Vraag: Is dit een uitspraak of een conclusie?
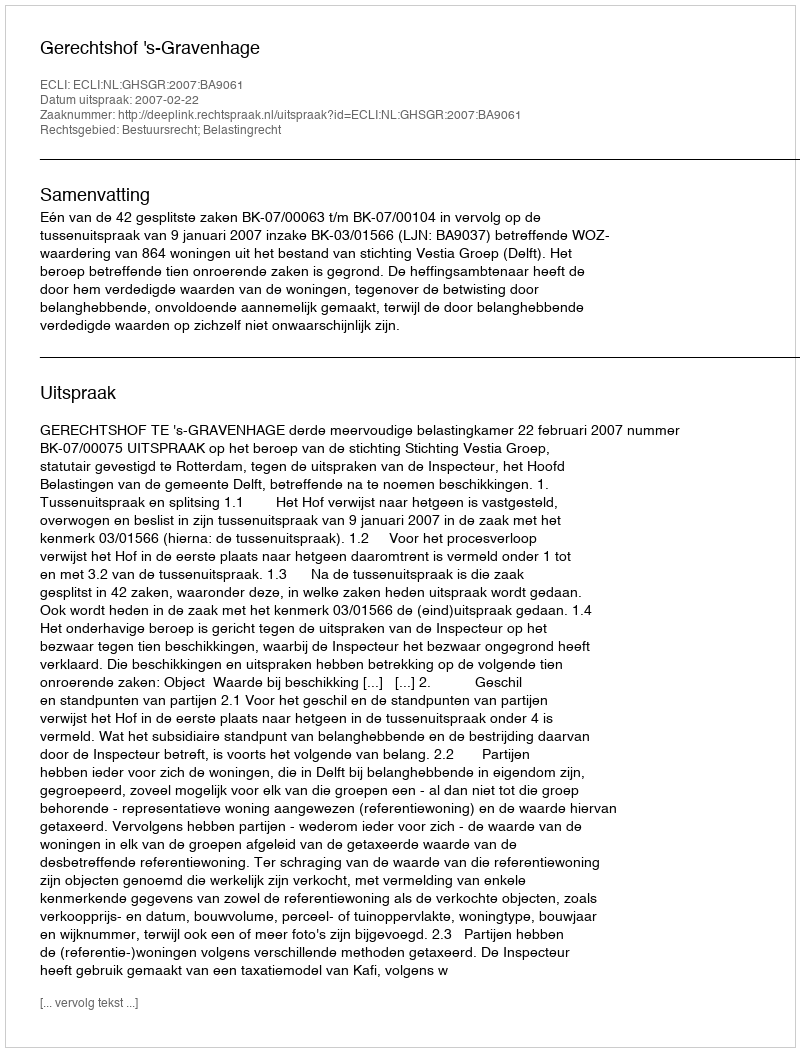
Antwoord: Uitspraak